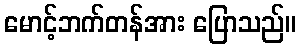
မောင့်ဘက်တန်အား ပြောသည်။